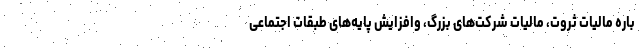
باره مالیات ثروت، مالیات شرکت‌های بزرگ، وافزایش پایه‌های طبقات اجتماعی